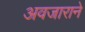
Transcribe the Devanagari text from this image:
अवजाराने